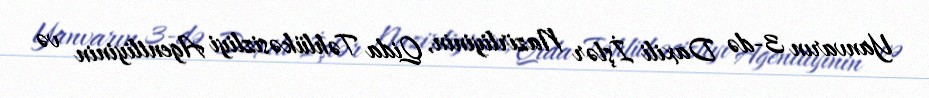
Yanvarın 3-də Daxili İşlər Nazirliyinin, Qida Təhlükəsizliyi Agentliyinin və